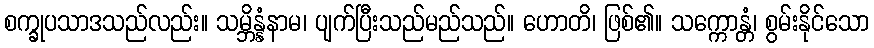
စက္ခုပသာဒသည်လည်း။ သမ္ဘိန္နံနာမ၊ ပျက်ပြီးသည်မည်သည်။ ဟောတိ၊ ဖြစ်၏။ သက္ကောန္တံ၊ စွမ်းနိုင်သော